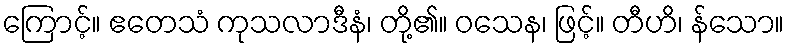
ကြောင့်။ ဧတေသံ ကုသလာဒီနံ၊ တို့၏။ ဝသေန၊ ဖြင့်။ တီဟိ၊ န်သော။